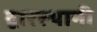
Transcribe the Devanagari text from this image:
द्वारस्थानी